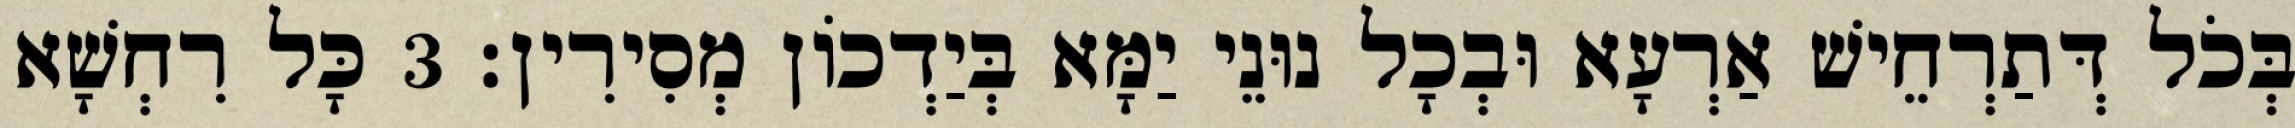
בְּכֹל דְּתַרְחֵישׁ אַרְעָא וּבְכָל נוּנֵי יַמָּא בְּיַדְכוֹן מְסִירִין׃ 3 כָּל רִחְשָׁא